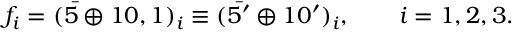
f _ { i } = ( \bar { 5 } \oplus 1 0 , 1 ) _ { i } \equiv ( \bar { 5 } ^ { \prime } \oplus 1 0 ^ { \prime } ) _ { i } , \qquad i = 1 , 2 , 3 .